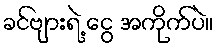
ခင်ဗျားရဲ့ ငွေ အကိုက်ပဲ။